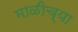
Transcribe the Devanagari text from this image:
माळीच्या